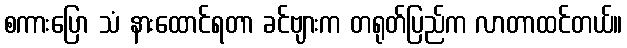
စကားပြော သံ နားထောင်ရတာ ခင်ဗျားက တရုတ်ပြည်က လာတာထင်တယ်။